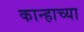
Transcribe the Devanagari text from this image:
कान्हाच्या